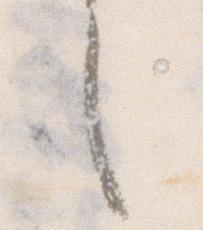
之